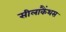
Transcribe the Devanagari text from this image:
सीलाकैंथस